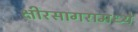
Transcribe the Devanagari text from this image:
क्षीरसागरामध्ये